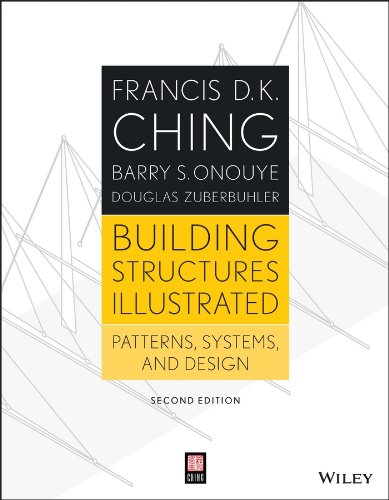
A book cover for Building Structures Illustrated: Patterns, Systems, and Design; Francis D. K. Ching; Arts & Photography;